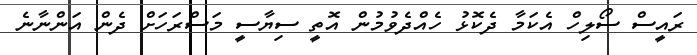
ރައީސް ސޯލިހް އެކަމާ ދެކޮޅު ހެއްދެވުމުން އޮތީ ސިޔާސީ މަސްރަހަށް ދެން އަންނާނެ